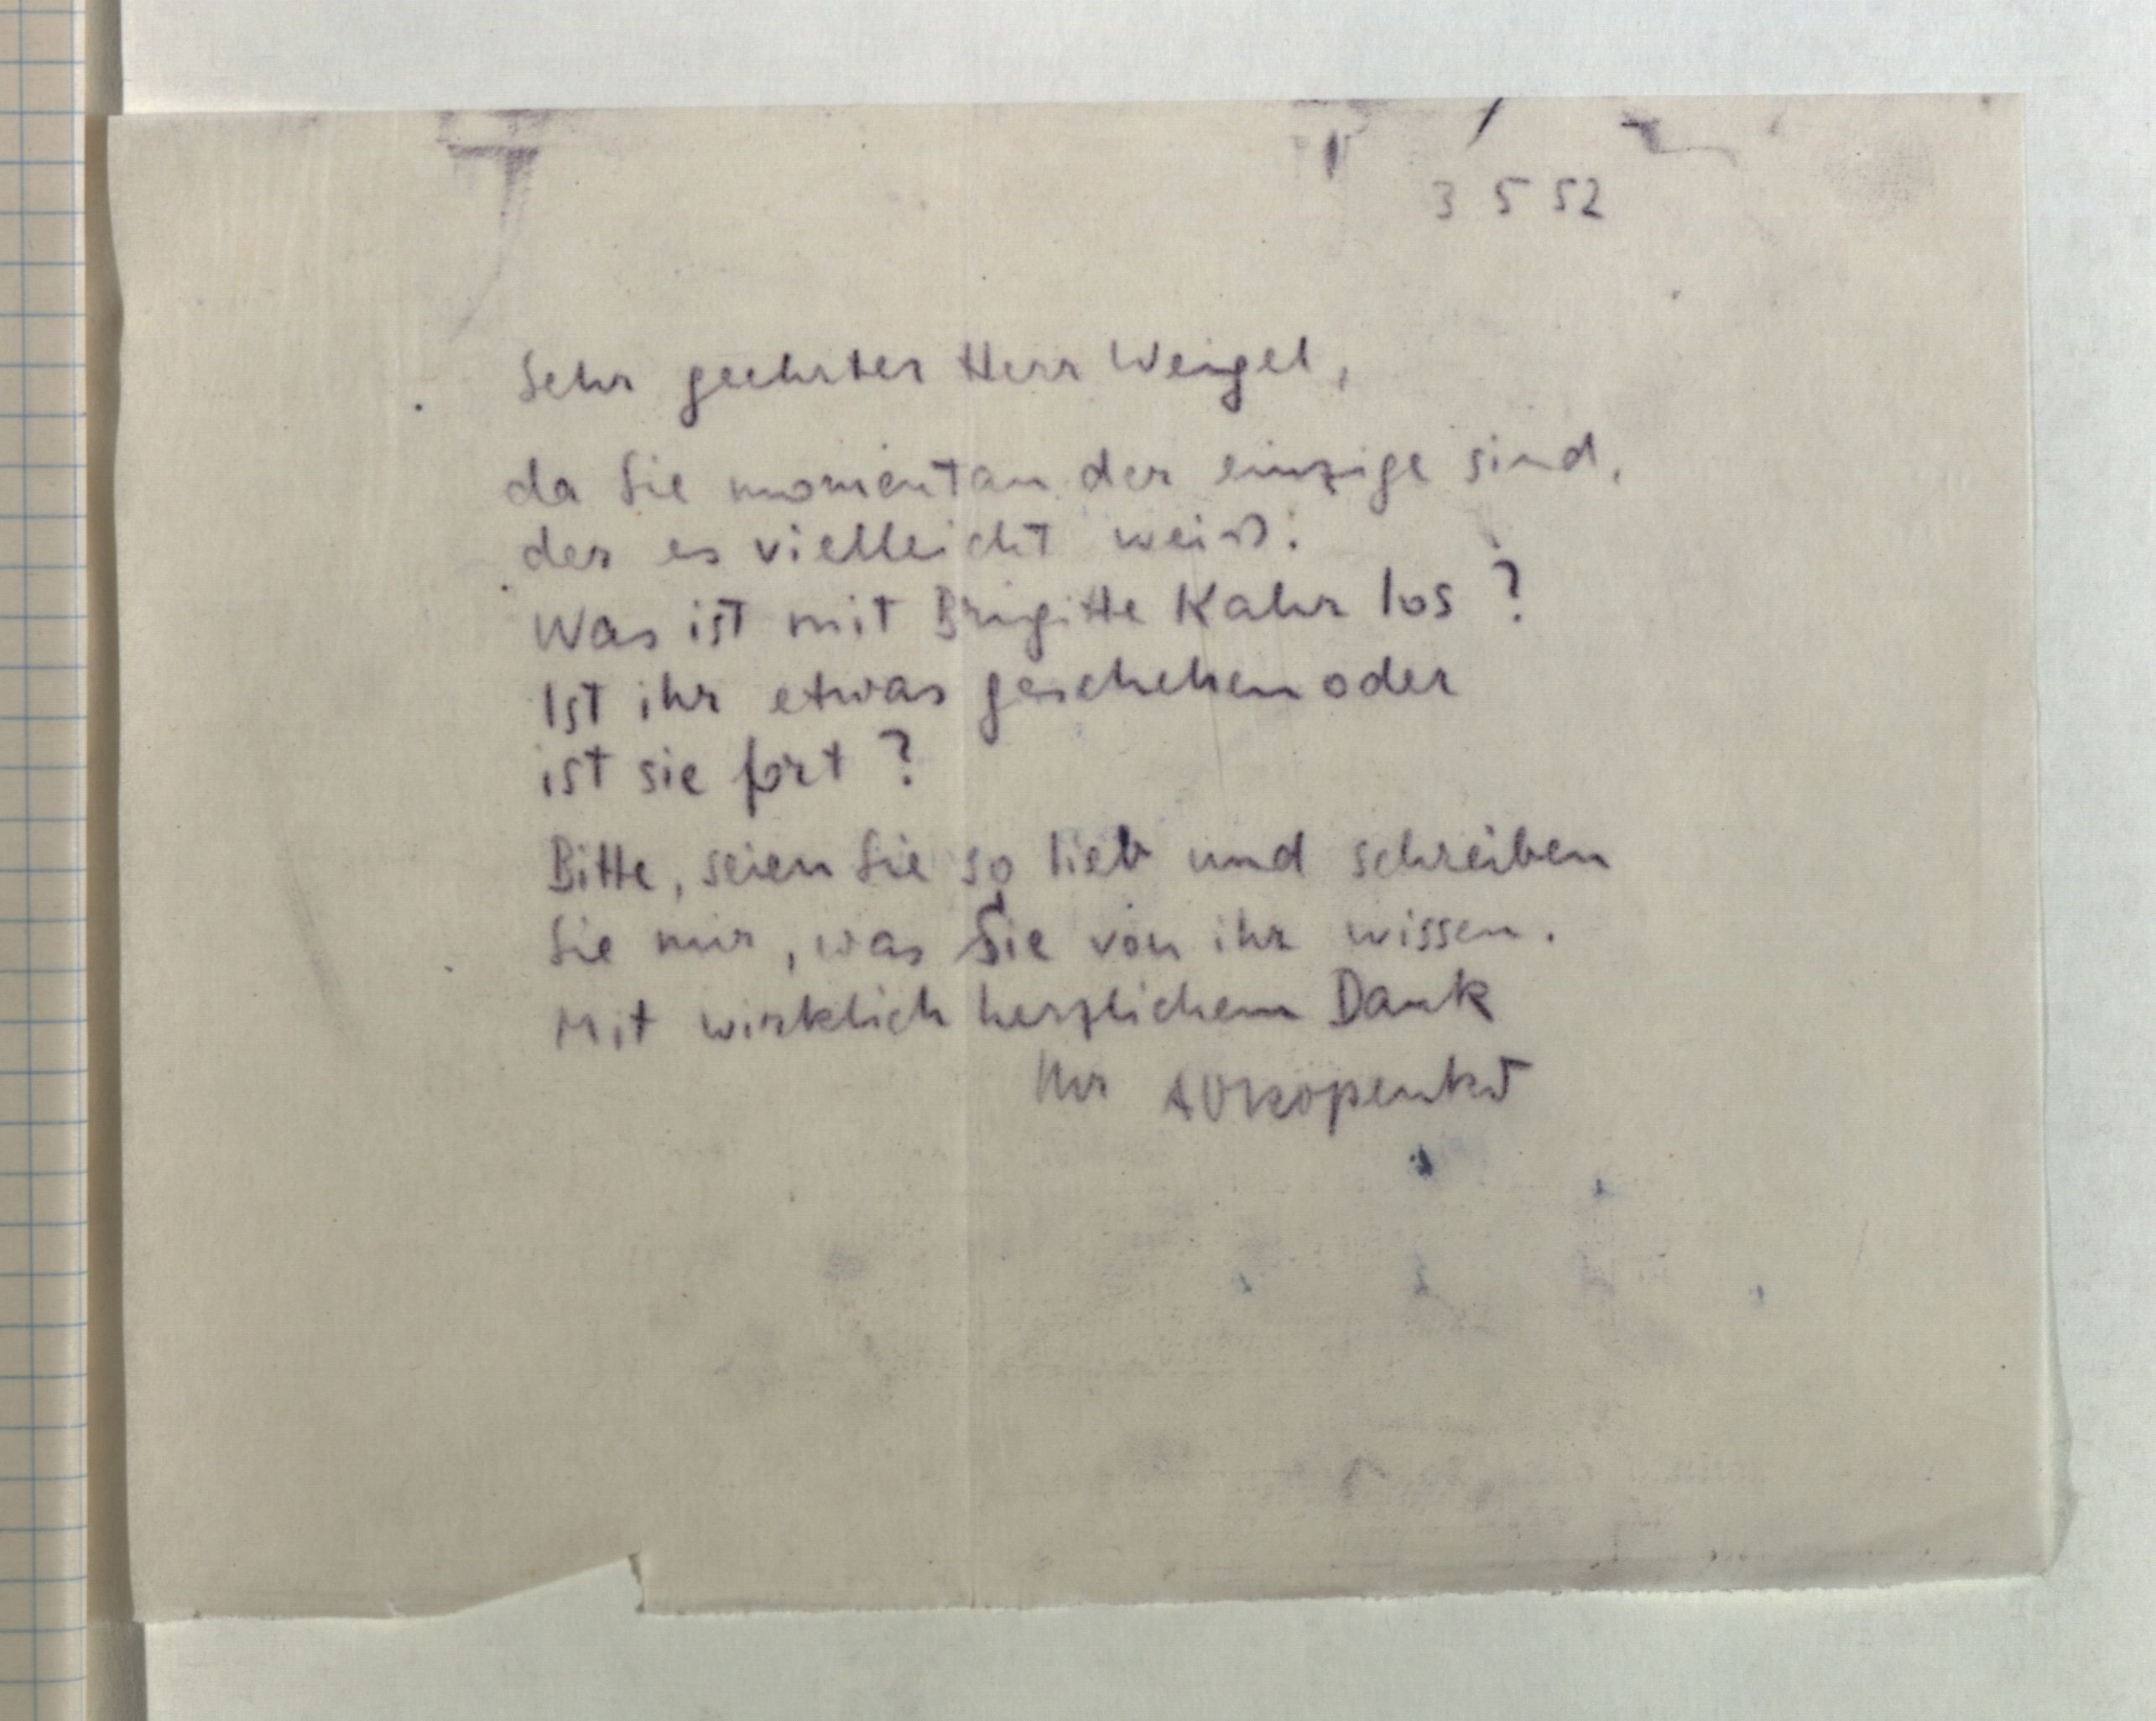
3 5 52
Sehr geehrter Herr Weigel,
da Sie momentan der einzige sind,
der es vielleicht weiß:
Was ist mit Brigitte Kahr los?
Ist ihr etwas geschehen oder
ist sie fort?
Bitte, seien Sie so lieb und schreiben
Sie mir, was sSie von ihr wissen.
Mit wirklich herzlichem Dank
Ihr A Okopenko